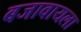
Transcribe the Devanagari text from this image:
बजावायला